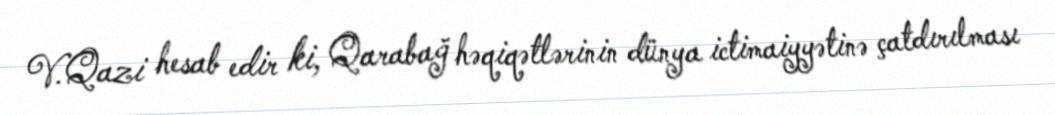
V.Qazi hesab edir ki, Qarabağ həqiqətlərinin dünya ictimaiyyətinə çatdırılması